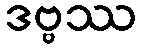
ဒဗ္ဗဿ